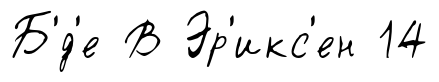
Б'́д'е В Эр'икс'ен 14